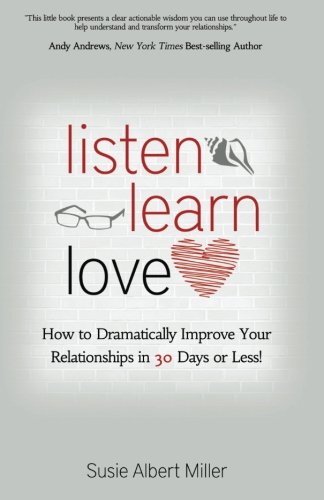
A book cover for Listen, Learn, Love: How to Dramatically Improve Your Relationships in 30 Days or Less!; Susie Albert Miller; Parenting & Relationships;